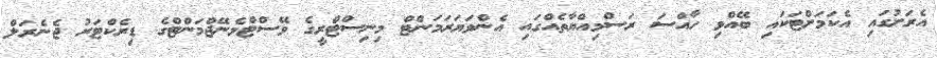
އެރަށުގައި އެކަމަށްޓަކައި ބޭއްވި ހާއްސަ ރަސްމިއްޔާތެއްގައި އެންވަޔަރަމަންޓް މިނިސްޓްރީގެ ވޭސްޓްމެނޭޖްމަންޓްގެ ޑިރެކްޓަރު ޖެނެރަލް